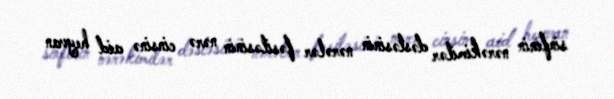
sinfinin nərəkimilər dəstəsinin nərələr fəsiləsinin nərə cinsinə aid heyvan